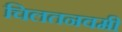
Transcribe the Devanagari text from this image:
चिलतनवमी